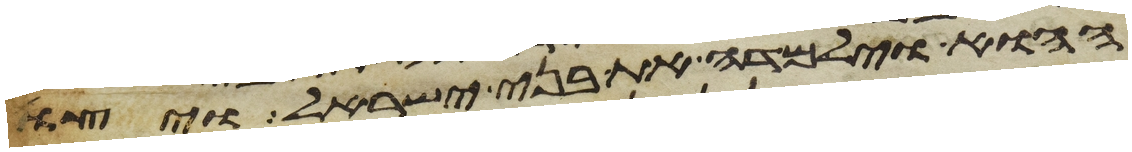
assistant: ההוא וילמדה את בני ישראל ויצו